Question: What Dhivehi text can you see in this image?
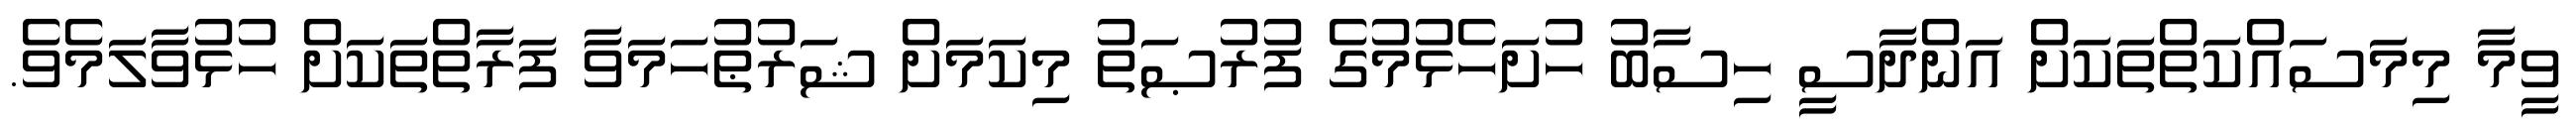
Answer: ވީމާ މިމަސައްކަތްތަކަށް އަންދާސީ ހިސާބު ހުށަހެޅުމުގެ ފުރުޞަތު މިކަމަށް ޝަރުޠުހަމަވާ ފަރާތްތަކަށް ހުޅުވާލަމެވެ.